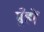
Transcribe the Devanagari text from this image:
मुँहों